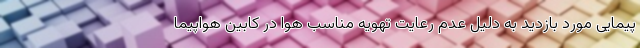
پیمایی مورد بازدید به دلیل عدم رعایت تهویه مناسب هوا در کابین هواپیما